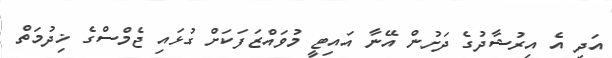
އަދި އެ އިރުޝާދުގެ ދަށުން އޭނާ އައިޓީ މުވައްޒަފަކަށް ގުޅައި ޖެމްސްގެ ޚިދުމަތް